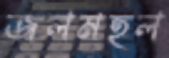
জলমহল